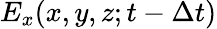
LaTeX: E_{x}(x,y,z;t-\Delta t)